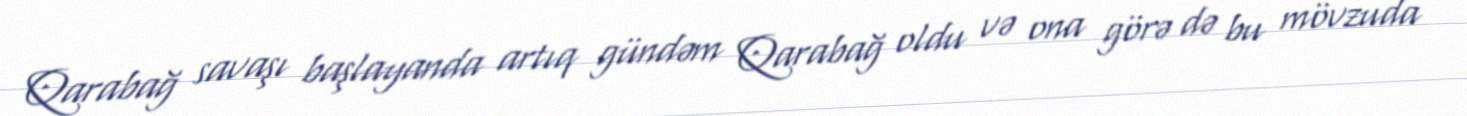
Qarabağ savaşı başlayanda artıq gündəm Qarabağ oldu və ona görə də bu mövzuda